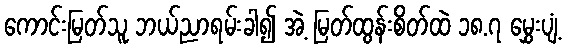
ကောင်းမြတ်သူ ဘယ်ညာရမ်းခါ၍ အဲ့ မြတ်ထွန်းစိတ်ထဲ ၁၈.၇ မွှေးပျံ့